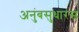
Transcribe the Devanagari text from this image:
अनुंबसुधारस